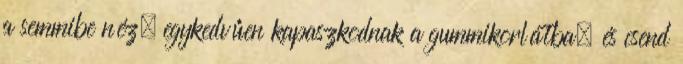
a semmibe néz, egykedvűen kapaszkodnak a gummikorlátba, és csend